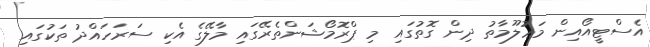
އެސްޓީއޯއިން މަޢުލޫމާތު ދިން ގޮތުގައި މި ޕްރޮމޯޝަންތެރޭގައި މާލޭގެ އެކި ސަރަހައްދު ތަކުގައި